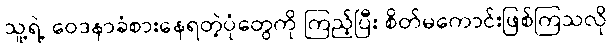
သူ့ရဲ့ ဝေဒနာခံစားနေရတဲ့ပုံတွေကို ကြည့်ပြီး စိတ်မကောင်းဖြစ်ကြသလို